Investigations on Bengal jail dietaries - Number 37
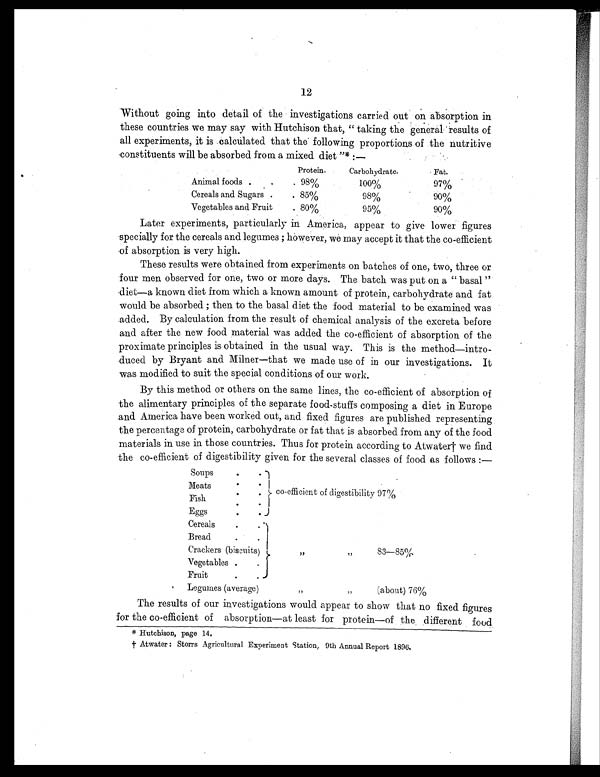
12
Without going into detail of the investigations carried out on absorption in
these countries we may say with Hutchison that, "taking the general results of
all experiments, it is calculated that the following proportions of the nutritive
constituents will be absorbed from a mixed diet "*:—
Protein.
Carbohydrate.
Fat.
Animal foods .
.
. 98%
1 0 0 %
97%
Cereals and Sugars .
. 85%
9 8 %
90%
Vegetables and Fruit
. 80%
9 5 %
90%
Later experiments, particularly in America, appear to give lower figures
specially for the cereals and legumes; however, we may accept it that the co-efficient
of absorption is very high.
These results were obtained from experiments on batches of one, two, three or
four men observed for one, two or more days. The batch was put on a "basal"
diet—a known diet from which a known amount of protein, carbohydrate and fat
would be absorbed; then to the basal diet the food material to be examined was
added. By calculation from the result of chemical analysis of the excreta before
and after the new food material was added the co-efficient of absorption of the
proximate principles is obtained in the usual way. This is the method—intro-
duced by Bryant and Milner—that we made use of in our investigations. It
was modified to suit the special conditions of our work.
By this method or others on the same lines, the co-efficient of absorption of
the alimentary principles of the separate food-stuffs composing a diet in Europe
and America have been worked out, and fixed figures are published representing
the percentage of protein, carbohydrate or fat that is absorbed from any of the food
materials in use in those countries. Thus for protein according to Atwater† we find
the co-efficient of digestibility given for the several classes of food was follows :—
Soups
.
.
co-efficient of digestibility 97%
Meats
.
. I
Fish
.
Eggs
.
.
.
.
Cereals
.
.
Bread
Crackers (biscuits)
"
"
83—85%
Vegetables .
. i
Fruit
.
.
Legumes (average)
"
"
(about) 76%
The results of our investigations would appear to show that no fixed figures
for the co-efficient of absorption—at least for protein—of the different food
*Hutchison, page 14.
† Atwater: Storrs Agricultural Experiment Station, 9th Annual Report 1896.